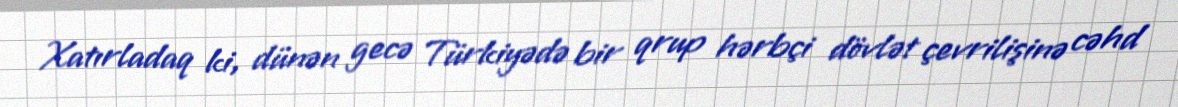
Xatırladaq ki, dünən gecə Türkiyədə bir qrup hərbçi dövlət çevrilişinə cəhd